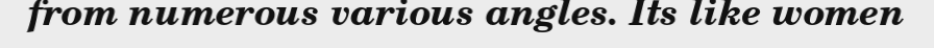
from numerous various angles. Its like women